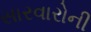
સારવારોની